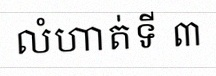
លំហាត់ទី ៣